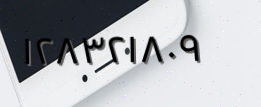
١٢٨٣٢١٨٠٩